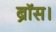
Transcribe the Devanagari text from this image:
ब्रॉस।